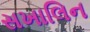
સખાલિન